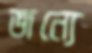
জন্যে